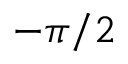
- \pi / 2